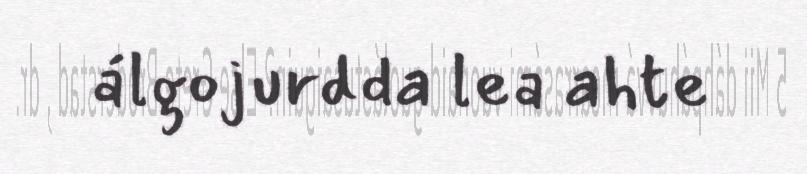
álgojurdda lea ahte